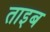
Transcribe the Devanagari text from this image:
ताइब